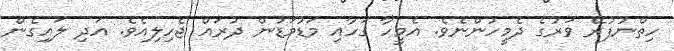
ހިތްނުފުރޭ ވަރުގެ ދެމީހުންނެވެ. އެމީހާ ގަހާއި މަޑުމަޑުން ދުރައް ޖެހިލިއެވެ. އަދި ލައިގެން